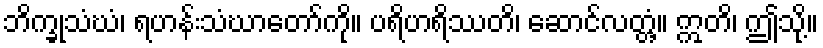
ဘိက္ခုသံဃံ၊ ရဟန်းသံဃာတော်ကို။ ပရိဟရိဿတိ၊ ဆောင်လတ္တံ့။ ဣတိ၊ ဤသို့။